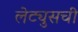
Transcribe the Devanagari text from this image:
लेट्युसची